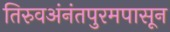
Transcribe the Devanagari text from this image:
तिरुवअंनंतपुरमपासून